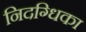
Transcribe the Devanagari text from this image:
निदग्धिका